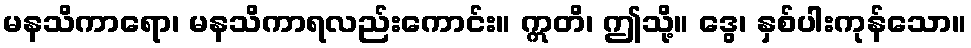
မနသိကာရော၊ မနသိကာရလည်းကောင်း။ ဣတိ၊ ဤသို့။ ဒွေ၊ နှစ်ပါးကုန်သော။